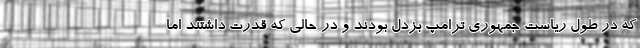
که در طول ریاست جمهوری ترامپ بزدل بودند و در حالی که قدرت داشتند اما